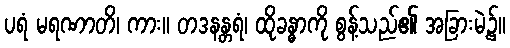
ပရံ မရဏာတိ၊ ကား။ တဒနန္တရံ၊ ထိုခန္ဓာကို စွန့်သည်၏ အခြားမဲ့၌။